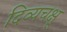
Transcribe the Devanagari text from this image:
दिव्यचक्षू